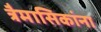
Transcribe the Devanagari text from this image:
त्रैमासिकांना